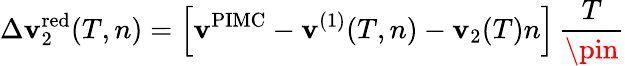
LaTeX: \Delta\mathbf{v}_{2}^{\mathrm{{red}}}(T,n)=\left[\mathbf{v}^{\mathrm{{PIMC}}}-\mathbf{v}^{(1)}(T,n)-\mathbf{v}_{2}(T)n\right]\, \frac{{T}}{{\pin}}